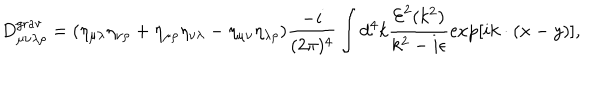
LaTeX: D _ { \mu \nu \lambda \rho } ^ { \mathrm { g r a v } } = ( \eta _ { \mu \lambda } \eta _ { \nu \rho } + \eta _ { \mu \rho } \eta _ { \nu \lambda } - \eta _ { \mu \nu } \eta _ { \lambda \rho } ) \frac { - i } { ( 2 \pi ) ^ { 4 } } \int d ^ { 4 } k \frac { { \cal E } ^ { 2 } ( k ^ { 2 } ) } { k ^ { 2 } - i \epsilon } \exp [ i k \cdot ( x - y ) ] ,